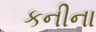
કનીના